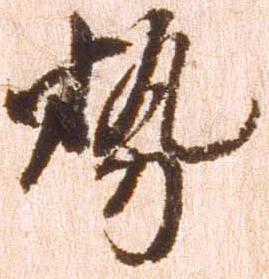
勢